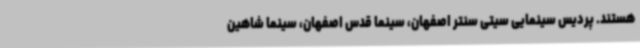
هستند. پردیس سینمایی سیتی سنتر اصفهان، سینما قدس اصفهان، سینما شاهین